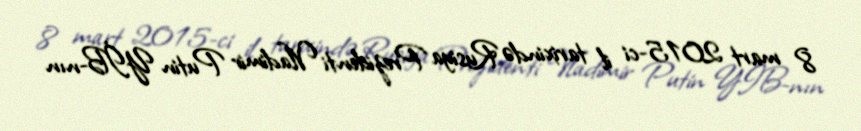
8 mart 2015-ci il tarixində Rusiya Prezidenti Vladimir Putin YİB-nın